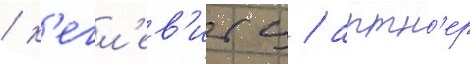
/ к'егл'ев'итц / артн'ер